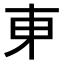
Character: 𬻍